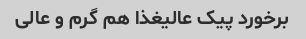
برخورد پیک عالیغذا هم گرم و عالی